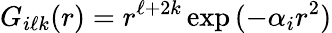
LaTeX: G_{i\ell k}(r)=r^{\ell+2k}\exp{(-\alpha_{i}r^{2})}